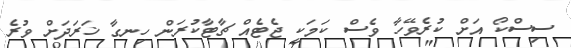
ސިސްކޯ އަށް ކުރެވޭހާ ވެސް ކަމަކީ ޖެޓެއް ޗާޓާކުރަން ހިނގާ ޚަރަދަށް ވުރެ